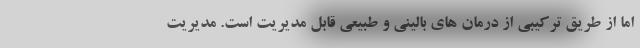
اما از طریق ترکیبی از درمان های بالینی و طبیعی قابل مدیریت است. مدیریت